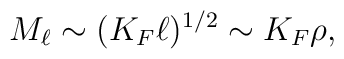
M_{\ell}\sim (K_F\ell )^{1/2}\sim K_F\rho,